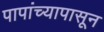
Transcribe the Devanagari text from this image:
पापांच्यापासून